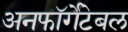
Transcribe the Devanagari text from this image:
अनफॉर्गेटेबल